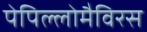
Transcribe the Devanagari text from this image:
पेपिल्लोमैविरस